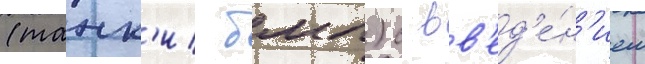
(танк'и/ бмп) с вв'ед'е́н'ием